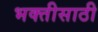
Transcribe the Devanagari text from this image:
भक्तीसाठी